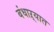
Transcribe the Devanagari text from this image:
बंधाऱ्यात